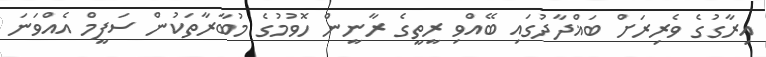
އިރާގުގެ ވެރިރަށް ބަޣްދާދުގައި ބޭއްވި ރީތީގެ ރާނީން ހޮވުމުގެ މުބާރާތަކުން ސަފީމް އެއްވަނަ